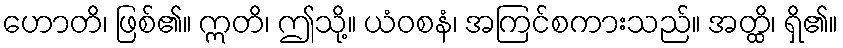
ဟောတိ၊ ဖြစ်၏။ ဣတိ၊ ဤသို့။ ယံဝစနံ၊ အကြင်စကားသည်။ အတ္ထိ၊ ရှိ၏။